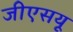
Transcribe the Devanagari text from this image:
जीएसयू